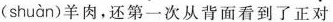
( shuàn )羊肉，还第一次从背面看到了正对